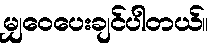
မျှဝေပေးချင်ပါတယ်။